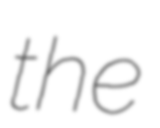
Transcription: the